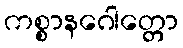
ကစ္စာနဂေါတ္တော